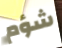
شؤم